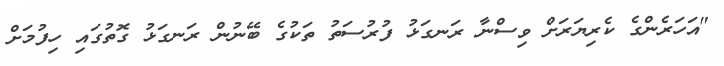
"އަހަރެންގެ ކެރިޔަރަށް ވިސްނާ ރަނގަޅު ފުރުސަތު ތަކުގެ ބޭނުން ރަނގަޅު ގޮތުގައި ހިފުމަށް